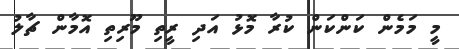
މީ މަމެން ކަންކަން ކުރާ މޮޅު އަދި ރީތި މޫރިތި އޮމާން ޗާލު